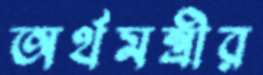
অর্থমন্ত্রীর